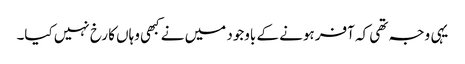
یہی وجہ تھی کہ آفر ہونے کے باوجود میں نے کبھی وہاں کا رخ نہیں کیا۔